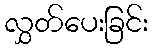
လွှတ်ပေးခြင်း